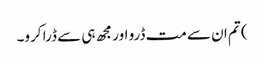
) تم ان سے مت ڈرو اور مجھ ہی سے ڈرا کرو۔